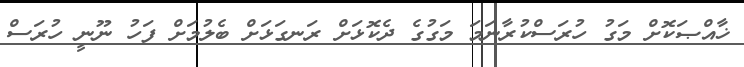
ޚާއްޞަކޮށް މަގު ހުރަސްކުރާނަމަ މަގުގެ ދެކޮޅަށް ރަނގަޅަށް ބެލުމަށް ފަހު ނޫނީ ހުރަސް